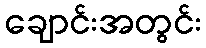
ချောင်းအတွင်း